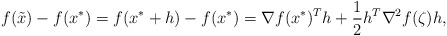
\begin{align*}f(\tilde x) -f(x^*)= f(x^*+h)- f(x^*)= \nabla f(x^*)^Th+{1\over 2} h^T\nabla^2 f(\zeta) h,\end{align*}